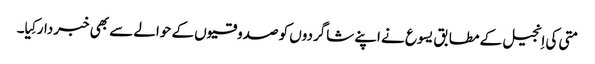
‏ متی کی اِنجیل کے مطابق یسوع نے اپنے شاگردوں کو صدوقیوں کے حوالے سے بھی خبردار کِیا۔